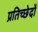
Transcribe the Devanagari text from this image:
प्रतिच्छेदों